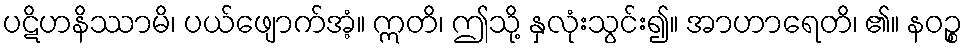
ပဋိဟနိဿာမိ၊ ပယ်ဖျောက်အံ့။ ဣတိ၊ ဤသို့ နှလုံးသွင်း၍။ အာဟာရေတိ၊ ၏။ နဝဉ္စ